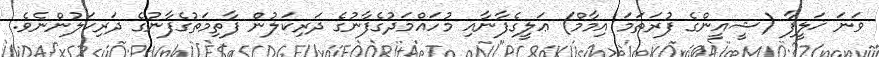
ވަނަ ޚަލީފާ (ޝީއީންގެ ފުރަތަމަ އިމާމް) ޢަލީގެފާނާއި މުހައްމަދުގެފާނުގެ ދަރިކަލުން ފާތިމަތުގެފާނުގެ ދަރިކަލުންނެވެ.